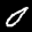
Label: 0